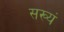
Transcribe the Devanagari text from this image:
सख्यं